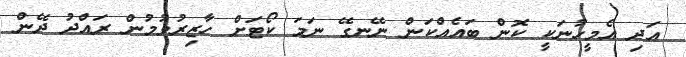
އަދި އެމީހުނަކީ ކޮން ބައެއްކަން ނޭނގޭ ނަމަ ކޯޓަށް ހާޒިރުވުމުން ރައްދު ދޭން